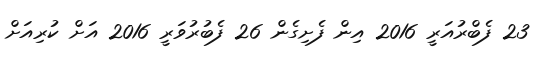
23 ފެބްރުއަރީ 2016 އިން ފެށިގެން 26 ފެބުރުވަރީ 2016 އަށް ކުރިއަށް